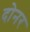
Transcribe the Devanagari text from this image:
दोनर